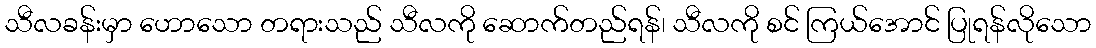
သီလခန်းမှာ ဟောသော တရားသည် သီလကို ဆောက်တည်ရန်၊ သီလကို စင် ကြယ်အောင် ပြုရန်လိုသော